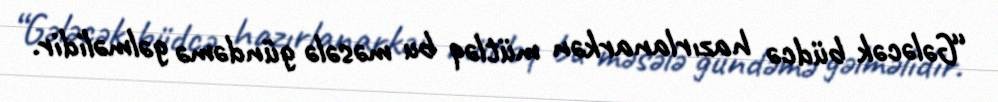
“Gələcək büdcə hazırlanarkən mütləq bu məsələ gündəmə gəlməlidir.